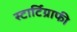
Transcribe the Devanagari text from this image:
स्टार्टिग्राफी